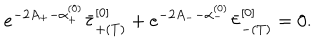
LaTeX: e ^ { - 2 A _ { + } - \alpha _ { + } ^ { ( 0 ) } } \bar { \tau } _ { + ( T ) } ^ { [ 0 ] } + e ^ { - 2 A _ { -- } \alpha _ { - } ^ { ( 0 ) } } \bar { \tau } _ { - ( T ) } ^ { [ 0 ] } = 0 .